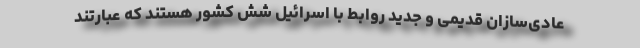
عادی‌سازان قدیمی و جدید روابط با اسرائیل شش کشور هستند که عبارتند